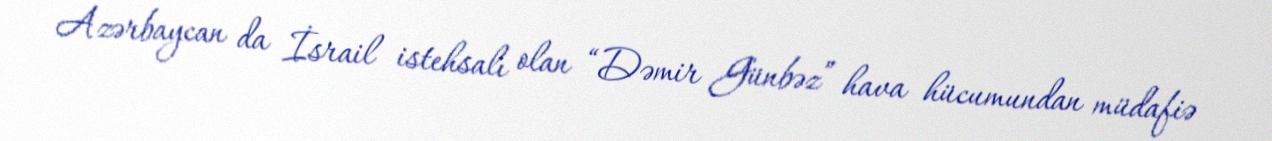
Azərbaycan da İsrail istehsalı olan “Dəmir Günbəz” hava hücumundan müdafiə